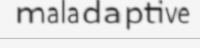
maladaptive